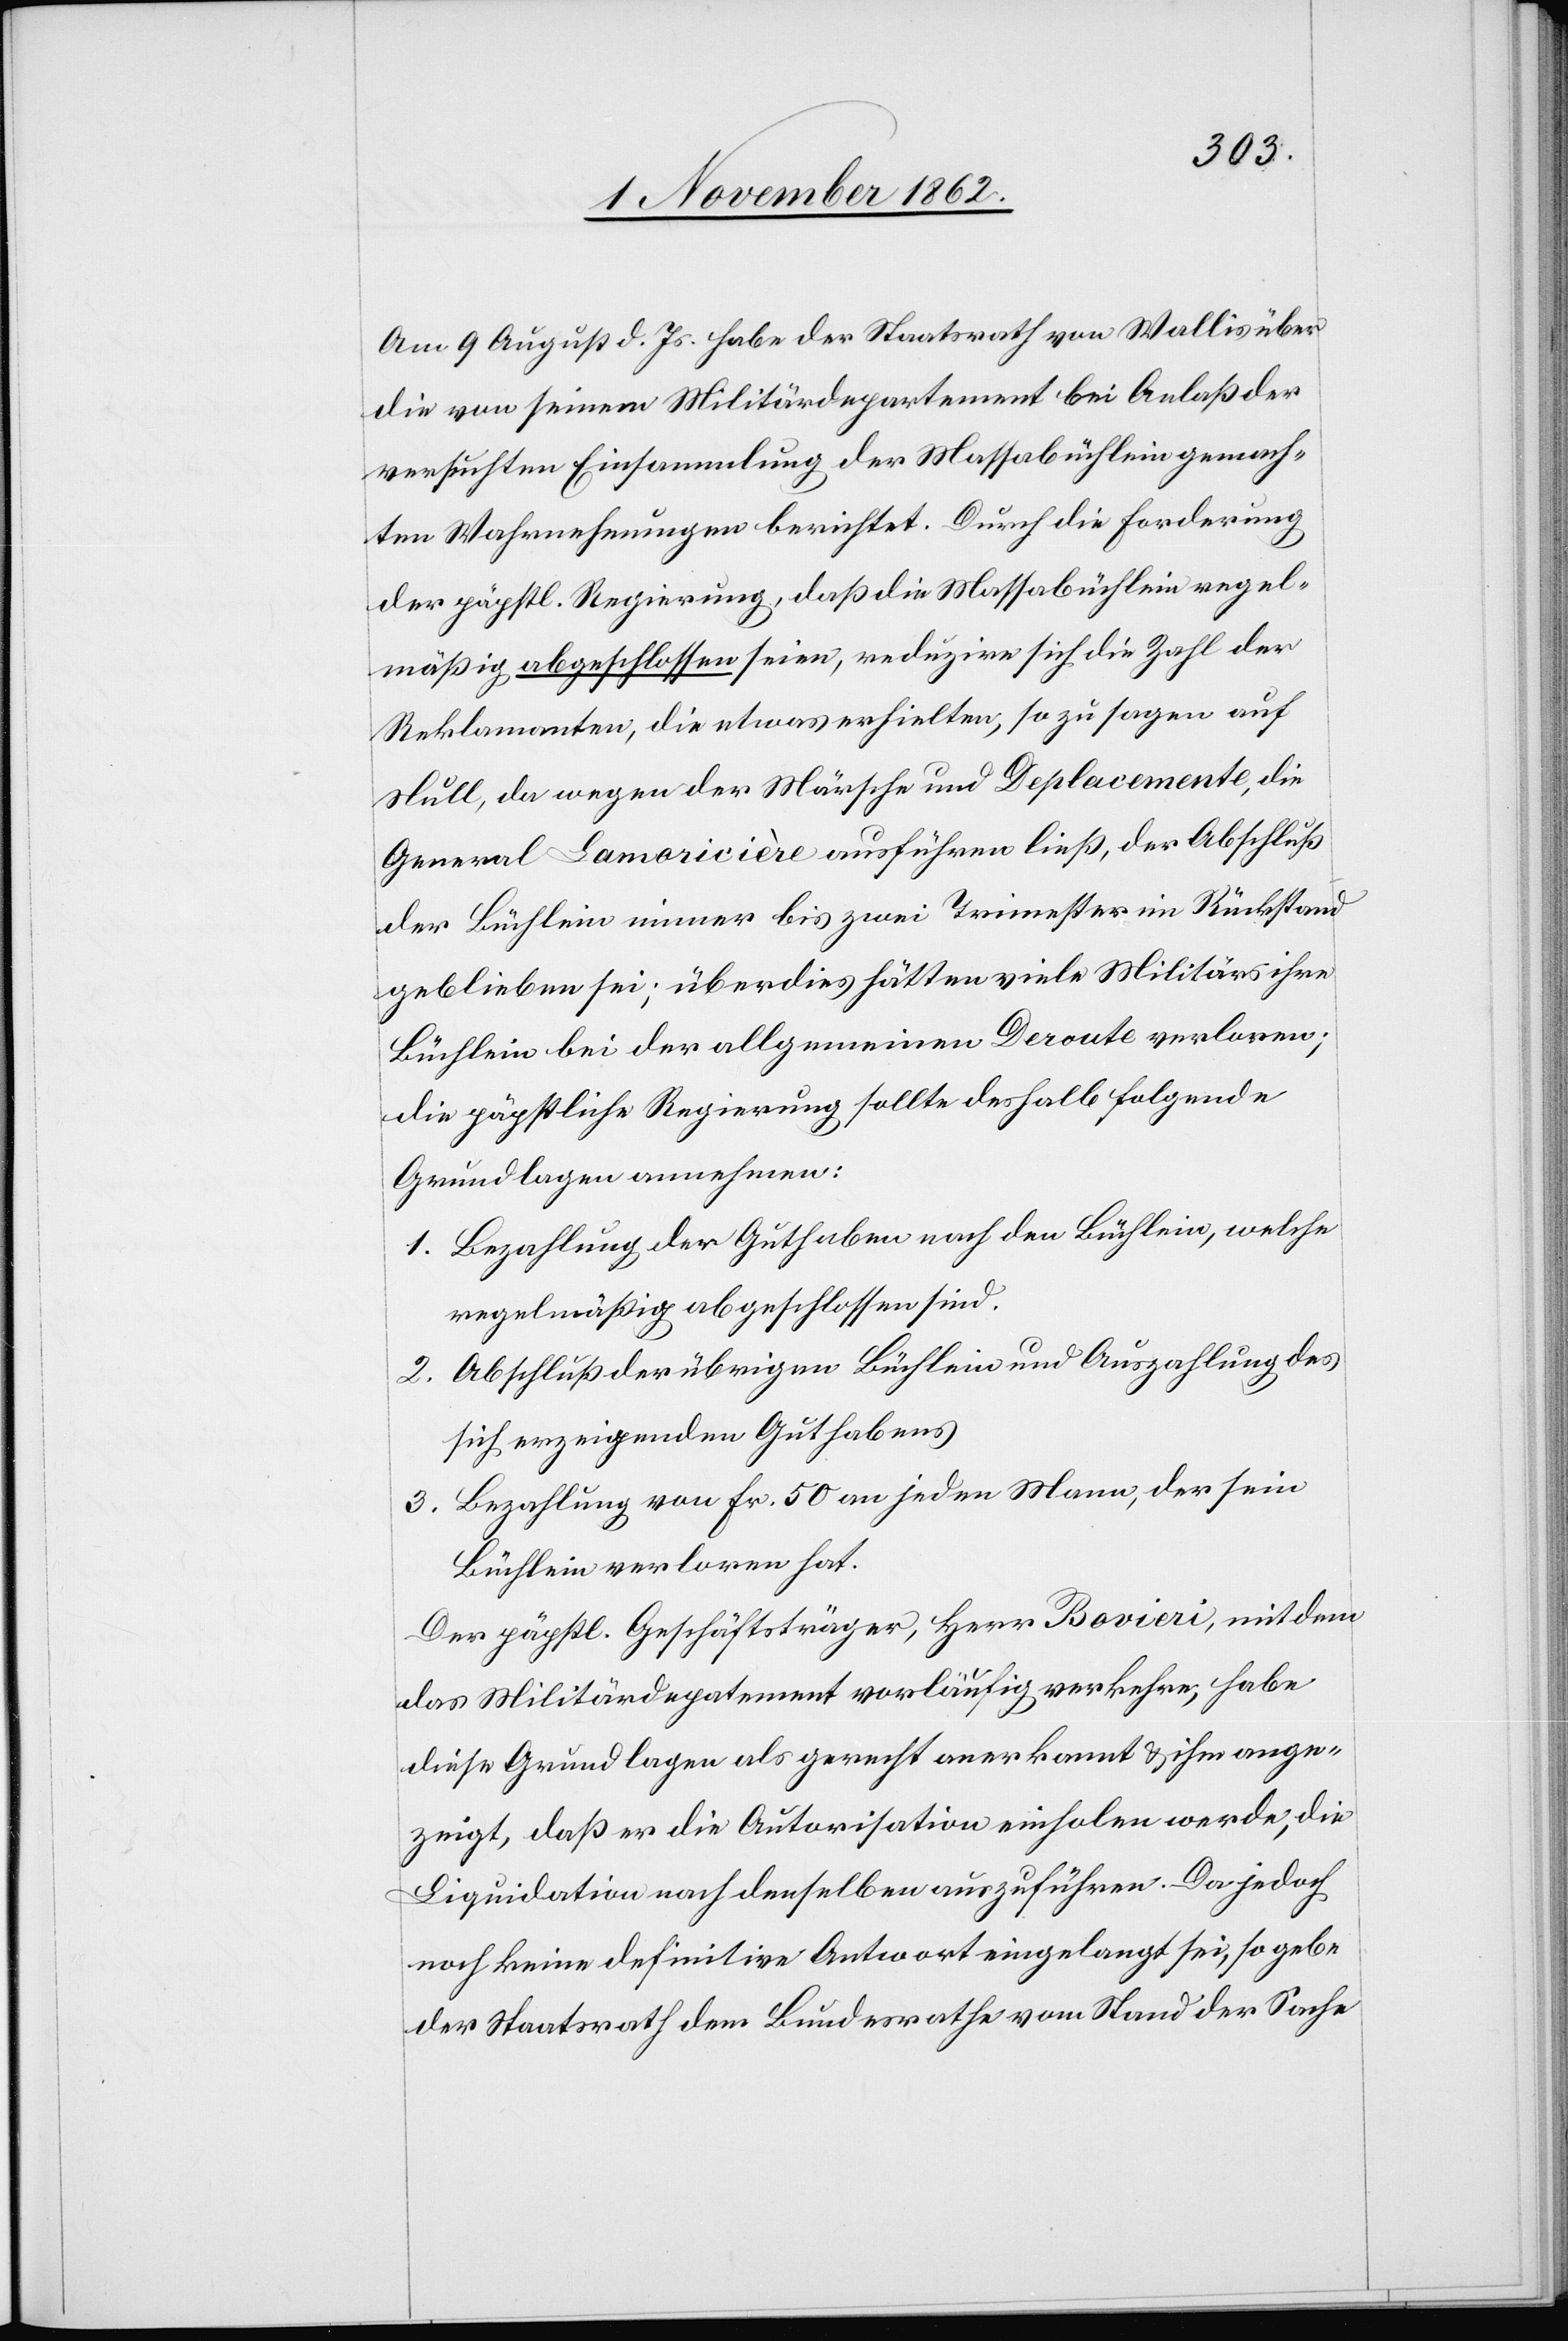
Am 9. August d. Js. habe der Staatsrath von Wallis über
die von seinem Militärdepartement bei Anlaß der
versuchten Einsammlung der Massabüchlein gemach¬
ten Wahrnehmungen berichtet. Durch die Forderung
der päpstl. Regierung, daß die Massabüchlein regel¬
mäßig abgeschlossen sein, reduzire sich die Zahl der
Reklamanten, die etwas erhielten, so zu sagen auf
Null, da wegen der Märsche und Deplacemente, die
General Lamoricieère ausführen ließ, der Abschluß
der Büchlein immer bis zwei Trimester im Rückstand
geblieben sei; überdies hätten viele Militärs ihre
Büchlein bei der allgemeinen Deroute verloren;
die päpstliche Regierung sollte deshalb folgende
Grundlagen annehmen:
1. Bezahlung der Guthaben nach den Büchlein, welche
regelmäßig abgeschlossen sind.
2. Abschluß der übrigen Büchlein und Auszahlung des
sich erzeigenden Guthabens.
3. Bezahlung von Fr. 50 an jeden Mann, der sein
Büchlein verloren hat.
Der päpstl. Geschäftsträger, Herr Bovieri, mit dem
das Militärdepartement vorläufig verkehre, habe
diese Grundlagen als gerecht anerkannt u. ihm ange¬
zeigt, daß er die Autorisation einholen werde, die
Liquidation nach denselben auszuführen. Da jedoch
noch keine definitive Antwort eingelangt sei, so gebe
der Staatsrath dem Bundesrathe vom Stand der Sache